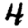
Digit: 4